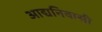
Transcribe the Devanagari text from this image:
आद्यनिवासी